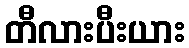
တီလားပီးယား